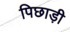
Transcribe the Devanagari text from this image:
पिछाड़ी